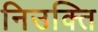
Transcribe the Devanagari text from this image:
निउक्ति